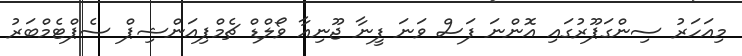
މިއަހަރު ސިންގަޕޫރުގައި އޮންނަ ފަސް ވަނަ ފީނާ ޖޫނިއާ ވޯލްޑް ޗެމްޕިއަންޝިޕް ސެޕްޓެމްބަރު